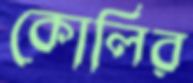
কোলির